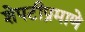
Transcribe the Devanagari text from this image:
शेपटीप्रमाणे